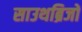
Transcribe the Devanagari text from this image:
साउथब्रिजों